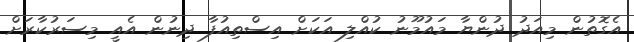
އެގޮތުން މިއަދު ދުންޔާ މައުމޫނު ކުއްލި އަކަށް އިސްތިއުފާ ދިނުން އެއީ މިސަރުކާރަށް